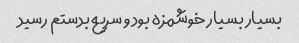
بسیار بسیار خوشمزه بود و سریع بدستم رسید